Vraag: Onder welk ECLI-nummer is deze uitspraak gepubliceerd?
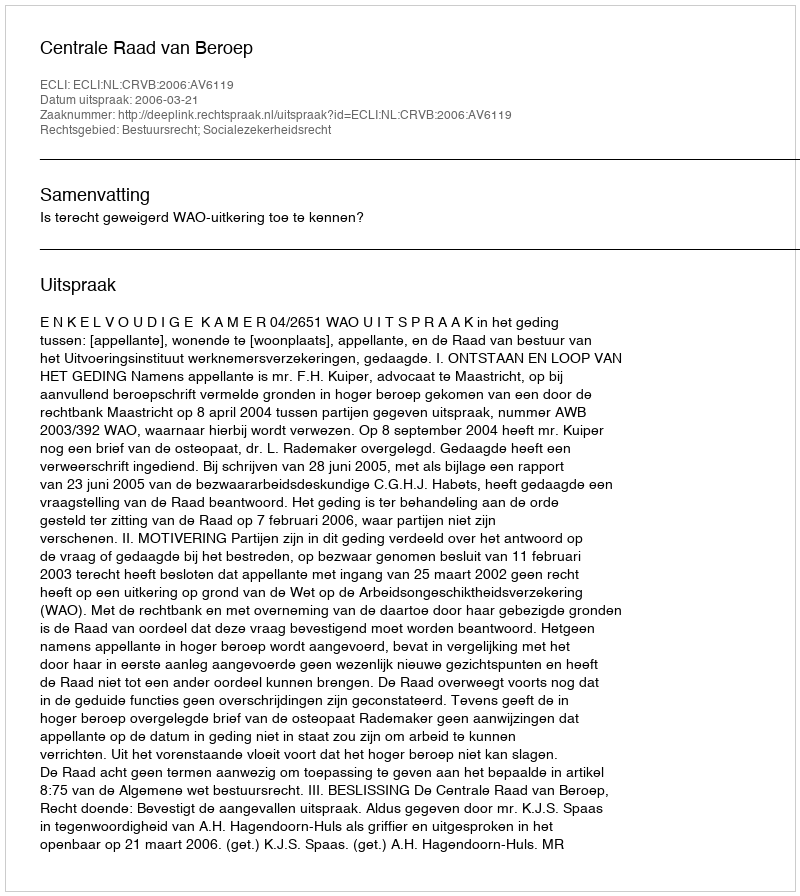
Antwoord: ECLI:NL:CRVB:2006:AV6119